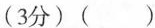
(3分)( )